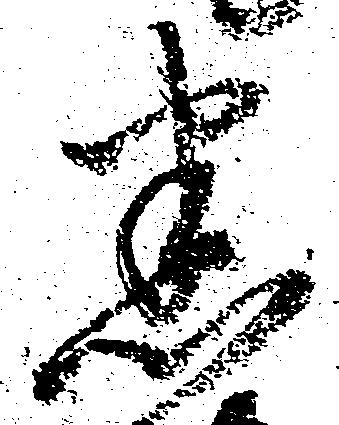
悉